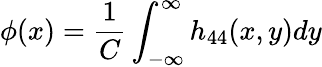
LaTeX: \phi(x)=\frac{1}{C}\int_{-\infty}^{\infty}h_{44}(x,y)dy